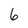
Character: 6